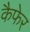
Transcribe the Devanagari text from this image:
कैफेर